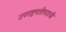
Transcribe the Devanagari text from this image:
उपराष्ट्रपतीपदाची